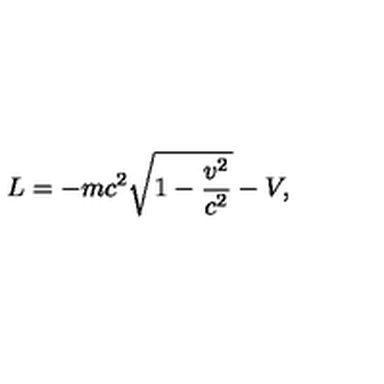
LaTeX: L = - m c ^ { 2 } \sqrt { 1 - { \frac { v ^ { 2 } } { c ^ { 2 } } } } - V ,